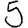
Digit: 5